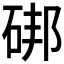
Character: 𥒷